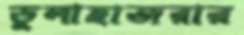
ডুলাহাজরার